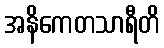
အနိကေတသာရီတိ